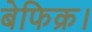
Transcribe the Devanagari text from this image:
बेफिक्र।